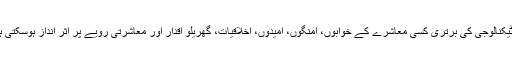
کیا ٹیکنالوجی کی برتری کسی معاشرے کے خوابوں، اُمنگوں، اُمیدوں، اخلاقیات، گھریلو اقدار اور معاشرتی رویے پر اثر انداز ہوسکتی ہے؟